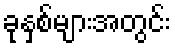
ခုနှစ်များအတွင်း